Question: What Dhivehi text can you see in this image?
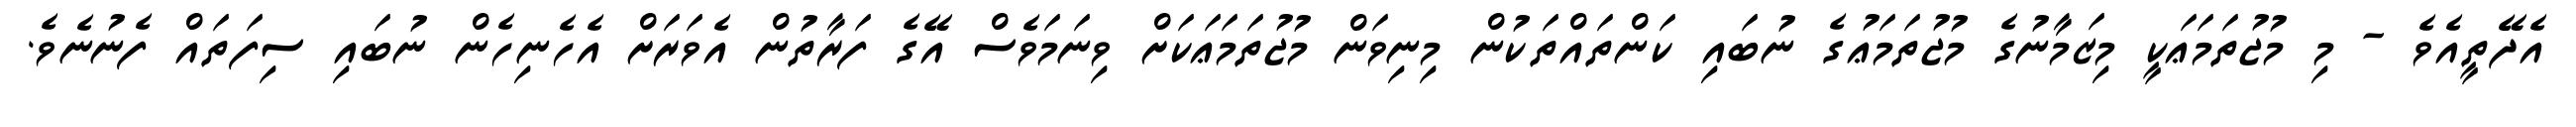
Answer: އެދޭތީއެވެ - މި މުޖުތަމަޢަކީ މިޒަމާނުގެ މުޖުތަމަޢުގެ ނުބައި ކަންތައްތަކުން މިނިވަން މުޖުތަމަޢަކަށް ވިނަމަވެސް އޭގެ ފަރާތުން އެވަރަށް އެހެނިހެން ނުބައި ސިފަތައް ފެނުނެވެ.